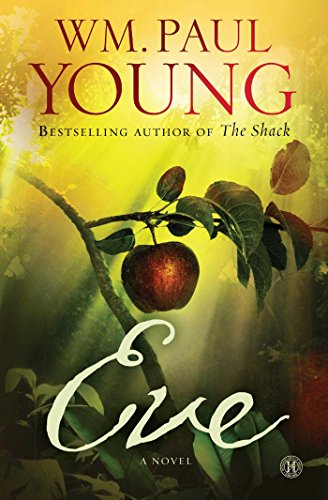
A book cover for Eve: A Novel; WM. Paul Young; Literature & Fiction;